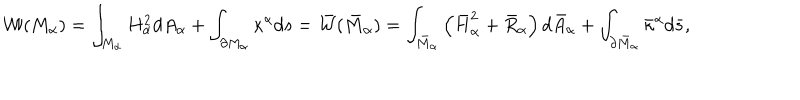
LaTeX: { \cal W } ( M _ { \alpha } ) = \int _ { M _ { \alpha } } H _ { \alpha } ^ { 2 } d A _ { \alpha } + \int _ { \partial M _ { \alpha } } \kappa ^ { \alpha } d s = \bar { \cal W } ( \bar { M } _ { \alpha } ) = \int _ { \bar { M } _ { \alpha } } \left( \bar { H } _ { \alpha } ^ { 2 } + \bar { R } _ { \alpha } \right) d \bar { A } _ { \alpha } + \int _ { \partial \bar { M } _ { \alpha } } \bar { \kappa } ^ { \alpha } d \bar { s } ,